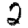
Digit: 2